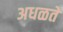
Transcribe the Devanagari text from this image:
अधळते